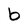
Character: b